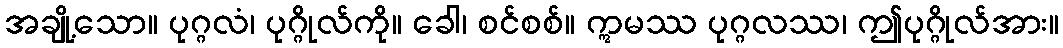
အချို့သော။ ပုဂ္ဂလံ၊ ပုဂ္ဂိုလ်ကို။ ခေါ၊ စင်စစ်။ ဣမဿ ပုဂ္ဂလဿ၊ ဤပုဂ္ဂိုလ်အား။